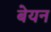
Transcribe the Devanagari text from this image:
बेयन